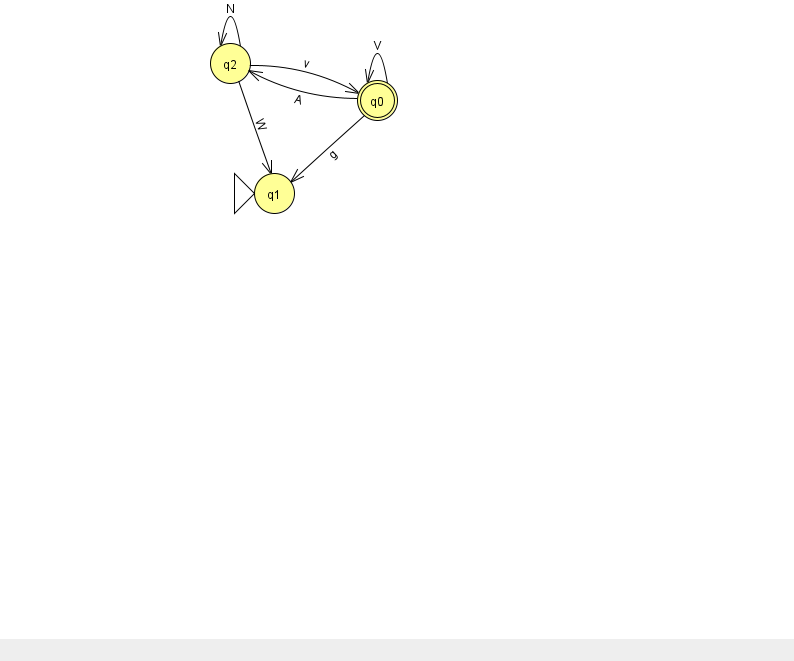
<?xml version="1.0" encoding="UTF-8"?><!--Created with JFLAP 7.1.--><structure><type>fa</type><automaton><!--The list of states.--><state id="0" name="q0"><x>377.0</x><y>87.0</y><final/></state><state id="1" name="q1"><x>274.0</x><y>180.0</y><initial/></state><state id="2" name="q2"><x>230.0</x><y>50.0</y></state><!--The list of transitions.--><transition><from>2</from><to>1</to><read>W</read></transition><transition><from>0</from><to>0</to><read>V</read></transition><transition><from>0</from><to>2</to><read>A</read></transition><transition><from>0</from><to>1</to><read>g</read></transition><transition><from>2</from><to>2</to><read>N</read></transition><transition><from>2</from><to>0</to><read>v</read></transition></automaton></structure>